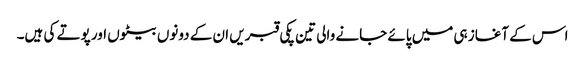
اس کے آغاز ہی میں پائے جانے والی تین پکی قبریں ان کے دونوں بیٹوں اور پوتے کی ہیں۔